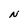
Character: N